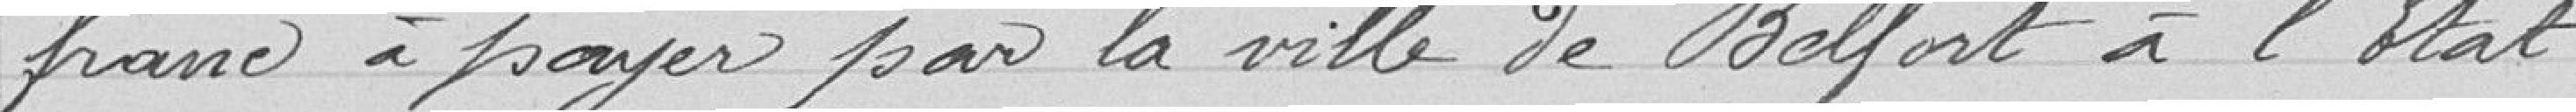
franc à payer par la Ville de Belfort à l'Etat.